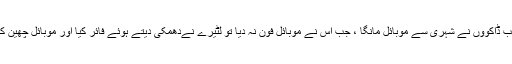
فیڈرل بی ایریا جوہر آباد تھانے کے قریب ڈاکوؤں نے شہری سے موبائل مانگا ، جب اس نے موبائل فون نہ دیا تو لٹیرے نےدھمکی دیتے ہوئے فائر کیا اور موبائل چھین کر موٹر سائیکل پر باآسانی فرار ہو گئے۔